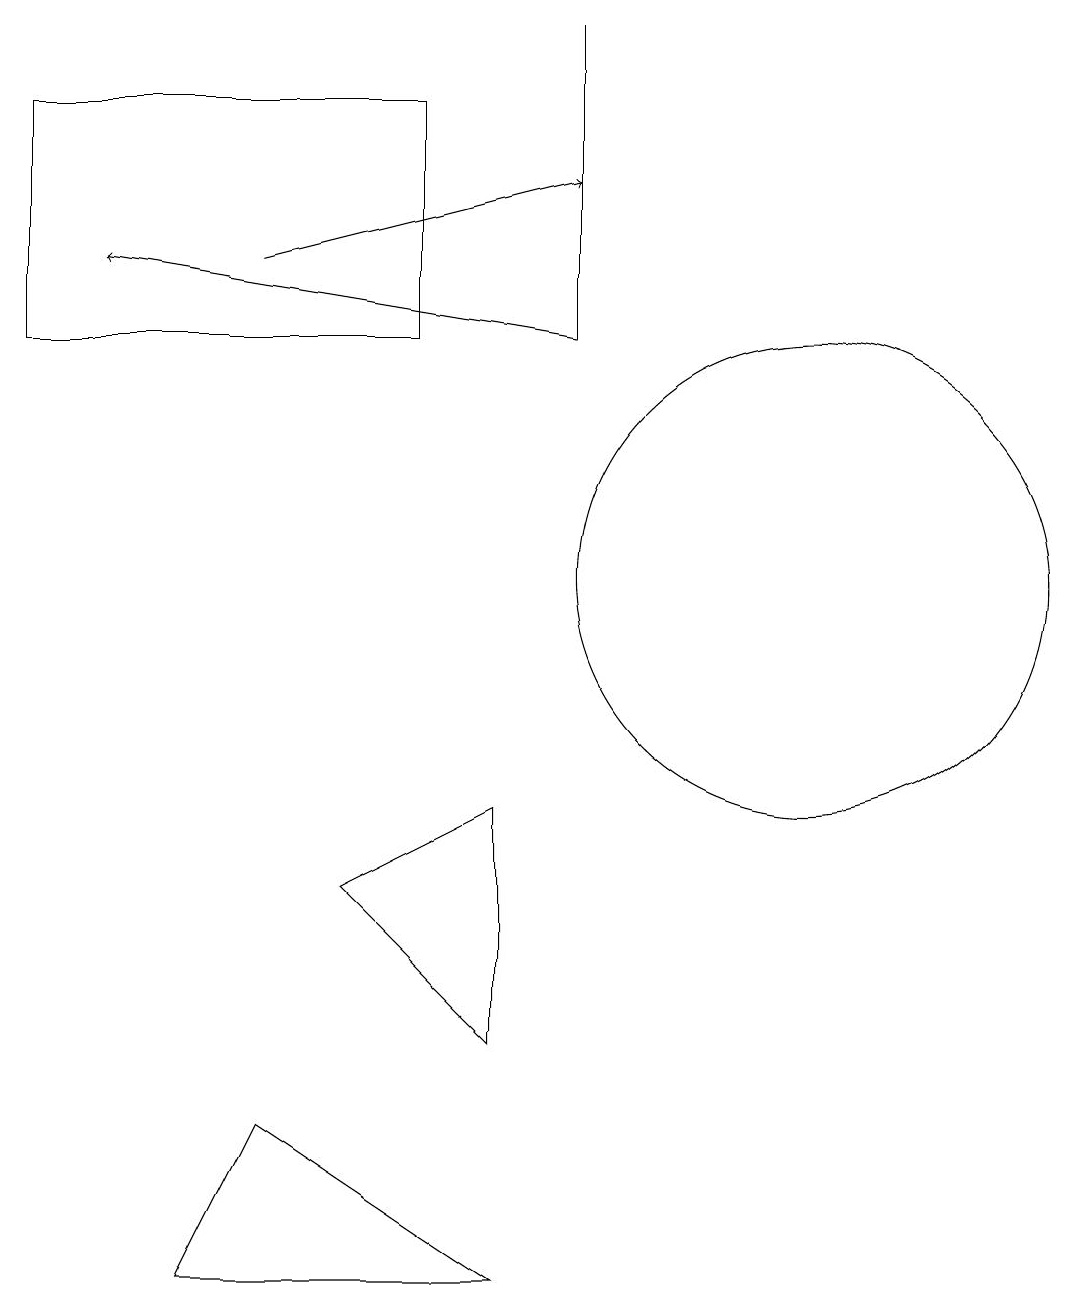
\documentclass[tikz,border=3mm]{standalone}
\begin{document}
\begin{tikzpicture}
\draw[->] (7,13) -- (1,14);
\draw (6,7) -- (4,6) -- (6,4) -- cycle;
\draw[->] (3,14) -- (7,15);
\draw (5,13) rectangle (0,16);
\draw (7,13) rectangle (7,17);
\draw (10,10) circle (3);
\draw (2,1) -- (3,3) -- (6,1) -- cycle;
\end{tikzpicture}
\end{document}